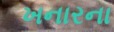
ખનારના